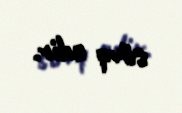
sövq edir.